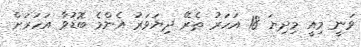
ވަނީ މިއީ މިދިޔަ 18 އަހަރު ތެރޭ ދިޔަވަރު އެންމެ ބޮޑުވާ އަހަރަށް